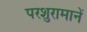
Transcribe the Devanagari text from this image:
परशुरामानें